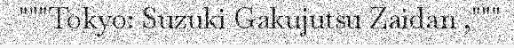
"""Tokyo: Suzuki Gakujutsu Zaidan ,"""